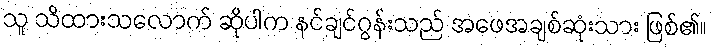
သူ သိထားသလောက် ဆိုပါက နင်ချင်ဂွန်းသည် အဖေအချစ်ဆုံးသား ဖြစ်၏။